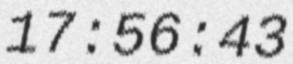
17:56:43